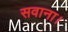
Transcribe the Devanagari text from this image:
सवाना।